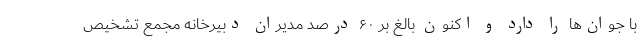
با جوان‌ها را دارد و اکنون بالغ بر ۶۰ درصد مدیران دبیرخانه مجمع تشخیص